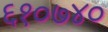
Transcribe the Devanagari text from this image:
६१०७४०